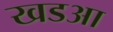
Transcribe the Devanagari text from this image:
खडआ